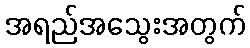
အရည်အသွေးအတွက်